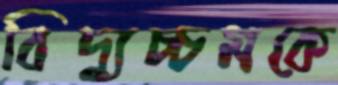
বিদ্যুচ্চমকে